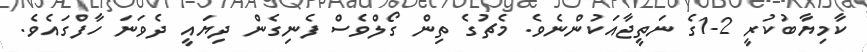
ކާމިޔާބުކުރީ 2-1ގެ ނަތީޖާއަކުންނެވެ. މެޗުގެ ތިން ގޯލްވެސް ފެނިގެން ދިޔައީ ދެވަނަ ހާފްގައެވެ.